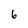
Character: 6